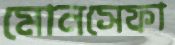
মোনসেফা